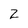
Character: 2